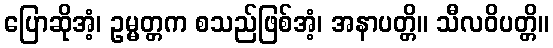
ပြောဆိုအံ့၊ ဥမ္မတ္တက စသည်ဖြစ်အံ့၊ အနာပတ္တိ။ သီလဝိပတ္တိ။